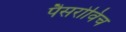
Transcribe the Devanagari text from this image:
पैसरोविच